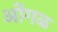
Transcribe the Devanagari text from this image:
ओंगळ